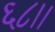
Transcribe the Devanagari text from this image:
६८।।